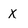
Character: x